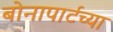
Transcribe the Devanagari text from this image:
बोनापार्टच्या